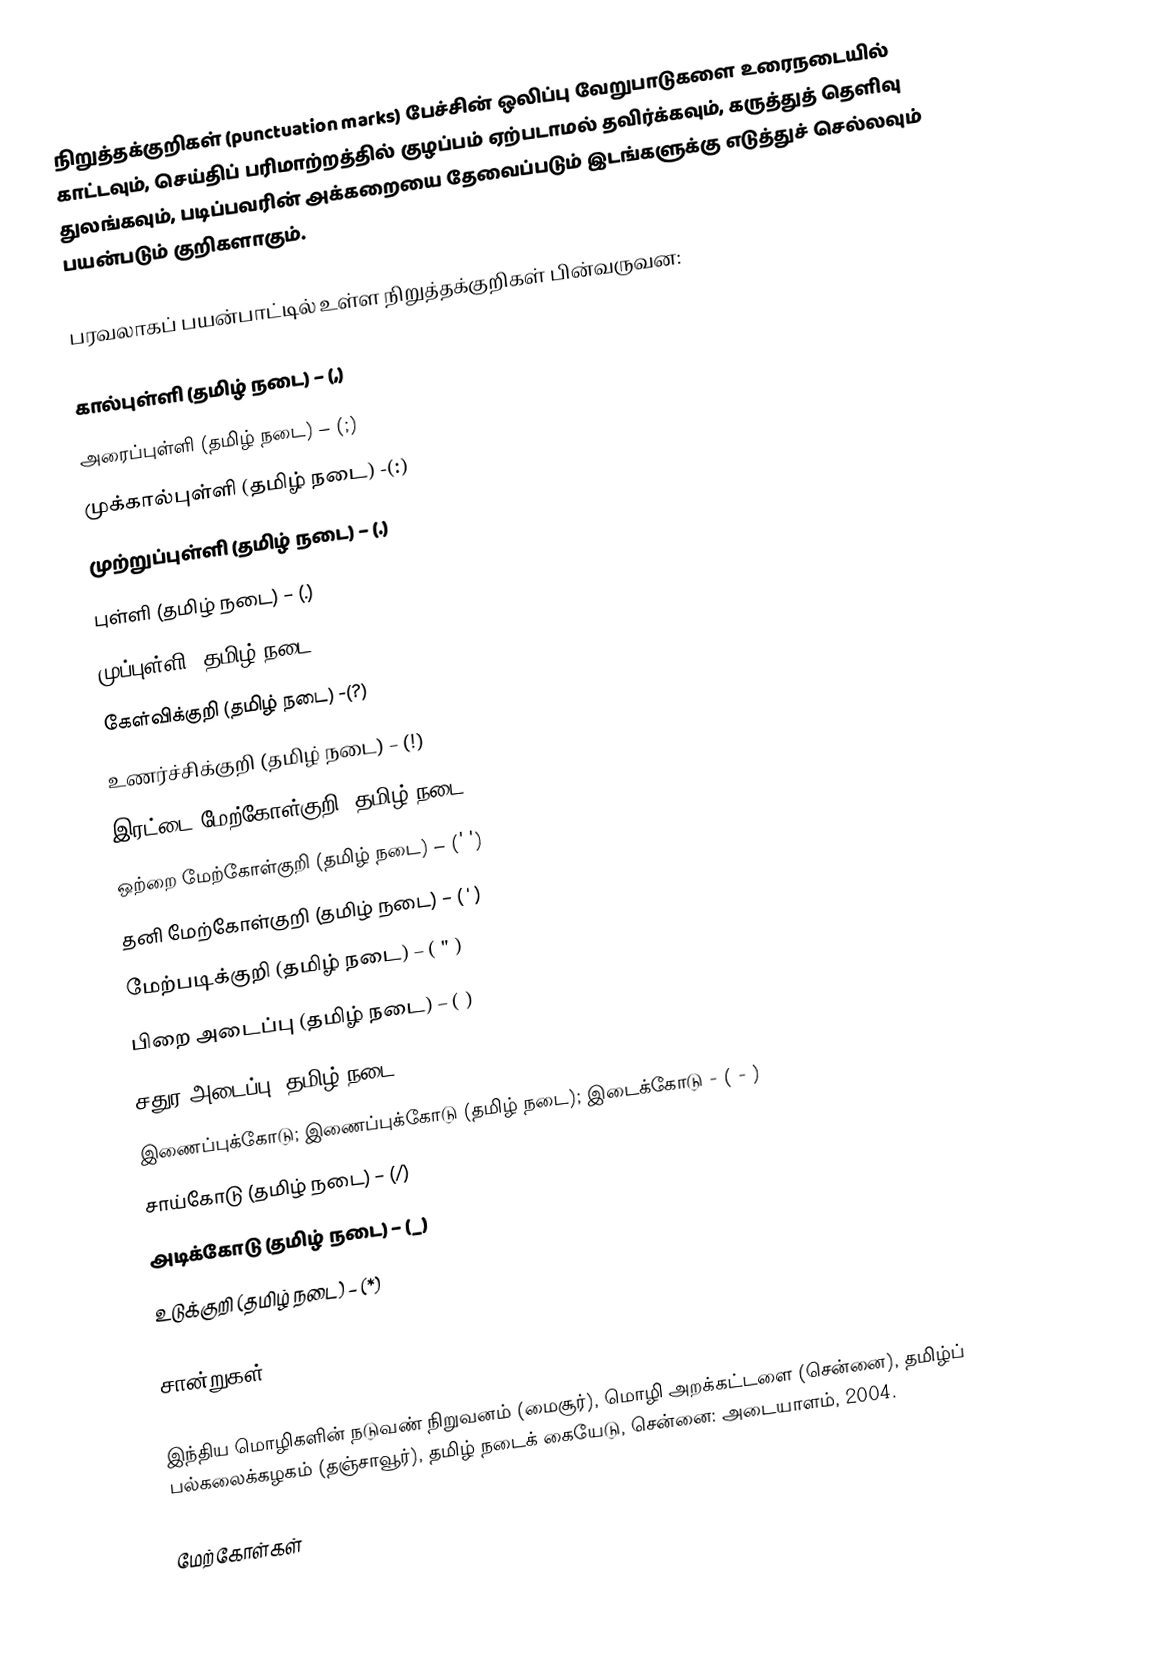
நிறுத்தக்குறிகள் (punctuation marks) பேச்சின் ஒலிப்பு வேறுபாடுகளை உரைநடையில் காட்டவும், செய்திப் பரிமாற்றத்தில் குழப்பம் ஏற்படாமல் தவிர்க்கவும், கருத்துத் தெளிவு துலங்கவும், படிப்பவரின் அக்கறையை தேவைப்படும் இடங்களுக்கு எடுத்துச் செல்லவும் பயன்படும் குறிகளாகும்.

பரவலாகப் பயன்பாட்டில் உள்ள நிறுத்தக்குறிகள் பின்வருவன:

 கால்புள்ளி (தமிழ் நடை) – (,)
 அரைப்புள்ளி (தமிழ் நடை) – (;)
 முக்கால்புள்ளி (தமிழ் நடை) -(:)
 முற்றுப்புள்ளி (தமிழ் நடை) – (.)
 புள்ளி (தமிழ் நடை) – (.)
 முப்புள்ளி (தமிழ் நடை) – (…)
 கேள்விக்குறி (தமிழ் நடை) -(?)
 உணர்ச்சிக்குறி (தமிழ் நடை) – (!)
 இரட்டை மேற்கோள்குறி (தமிழ் நடை) – (" ")
 ஒற்றை மேற்கோள்குறி (தமிழ் நடை) – (' ')
 தனி மேற்கோள்குறி (தமிழ் நடை) – ( ' )
 மேற்படிக்குறி (தமிழ் நடை) – ( " )
 பிறை அடைப்பு (தமிழ் நடை) – ( )
 சதுர அடைப்பு (தமிழ் நடை) – [ ]
 இணைப்புக்கோடு; இணைப்புக்கோடு (தமிழ் நடை); இடைக்கோடு - ( - )
 சாய்கோடு (தமிழ் நடை) – (/)
 அடிக்கோடு (தமிழ் நடை) – (_)
 உடுக்குறி (தமிழ் நடை) – (*)

சான்றுகள்

 இந்திய மொழிகளின் நடுவண் நிறுவனம் (மைசூர்), மொழி அறக்கட்டளை (சென்னை), தமிழ்ப் பல்கலைக்கழகம் (தஞ்சாவூர்), தமிழ் நடைக் கையேடு, சென்னை: அடையாளம், 2004.

மேற்கோள்கள்